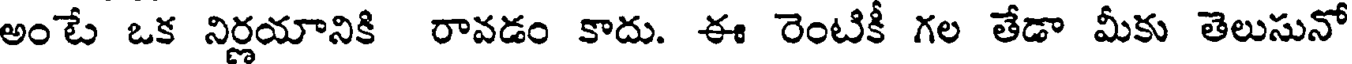
అంటే ఒక నిర్ణయానికి రావడం కాదు. ఈ రెంటికీ గల తేడా మీకు తెలుసునో